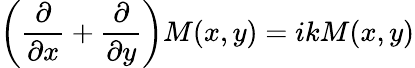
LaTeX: \left(\frac{\partial}{\partial x}+\frac{\partial}{\partial y}\right)M(x,y)=ikM(x,y)